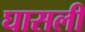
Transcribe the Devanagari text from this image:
घासली